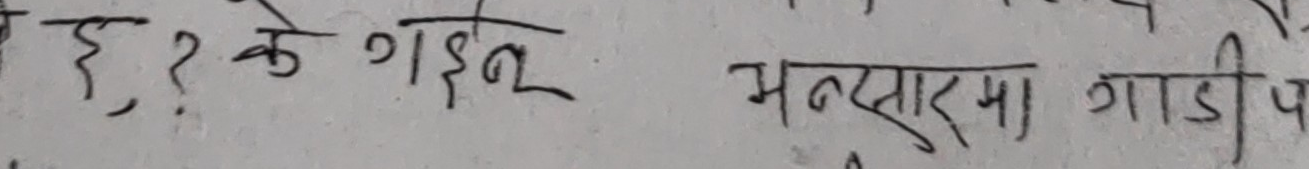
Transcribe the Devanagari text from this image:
हे, के गइन्? भण्डारमा गाडी प